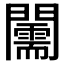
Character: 𨷘